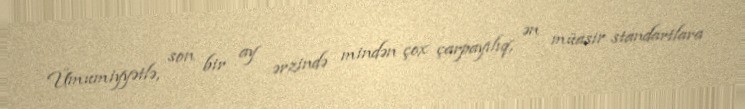
Ümumiyyətlə, son bir ay ərzində mindən çox çarpayılıq, ən müasir standartlara